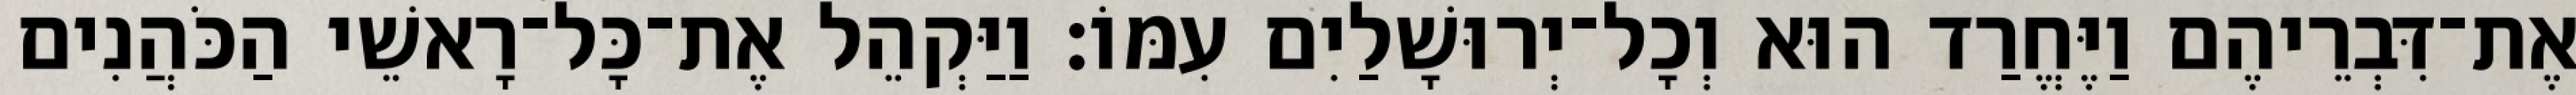
אֶת־דִּבְרֵיהֶם וַיֶּחֱרַד הוּא וְכָל־יְרוּשָׁלַיִם עִמּוֹ׃ וַיַּקְהֵל אֶת־כָּל־רָאשֵׁי הַכֹּהֲנִים